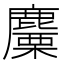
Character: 麜